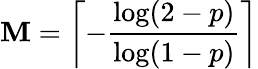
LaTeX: \mathbf{M}=\left\lceil-{\frac{{\log(2-p)}}{{\log(1-p)}}}\right\rceil